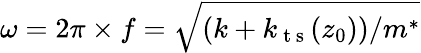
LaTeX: \omega=2\pi\times f=\sqrt{(k+k_{\mathrm{~t~s~}}(z_{0}))/m^{*}}